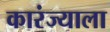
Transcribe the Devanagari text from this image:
कारंज्याला